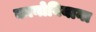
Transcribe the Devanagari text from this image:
कानोबियाना